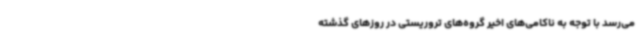
می‌رسد با توجه به ناکامی‌های اخیر گروه‌های تروریستی در روزهای گذشته